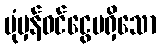
ပုံမှန်ဝင်ငွေမရှိသော